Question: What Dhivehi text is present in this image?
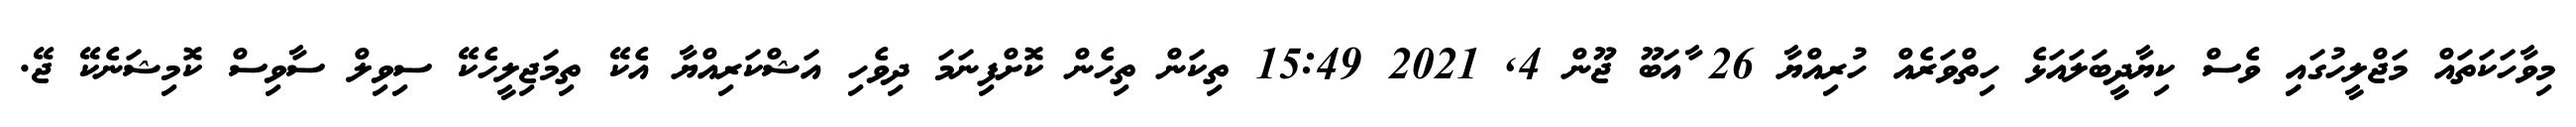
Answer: މިވާހަކަތައް މަޖްލީހުގައިި ވެސް ކިޔާދީބަލައަޅެ ހިތްވަރެއް ހުރިއްޔާ 26 ާއަބޫ ޖޫން 4, 2021 15:49 ތިކަން ތިހެން ކޮށްފިނަމަ ދިވެހި އަޝްކަރިއްޔާ އެކޭ ތިމަޖިލީހެކޭ ސިވިލް ސާވިސް ކޮމިޝަނެކޭ ޖޭ.